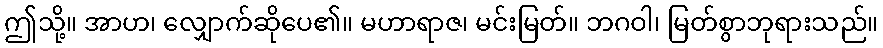
ဤသို့။ အာဟ၊ လျှောက်ဆိုပေ၏။ မဟာရာဇ၊ မင်းမြတ်။ ဘဂဝါ၊ မြတ်စွာဘုရားသည်။